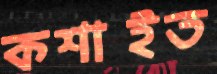
কশাইত